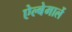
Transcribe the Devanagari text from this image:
ऐल्बेमार्ले